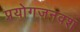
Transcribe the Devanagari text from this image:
प्रयोगजनवश